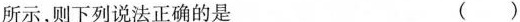
所示，则下列说法正确的是 ( )